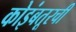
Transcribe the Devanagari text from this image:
कोइंबतूरची